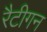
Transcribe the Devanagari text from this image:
रैटीगन